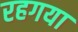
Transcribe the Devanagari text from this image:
रहगया